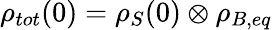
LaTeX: \rho_{tot}(0)=\rho_{S}(0)\otimes\rho_{B,eq}